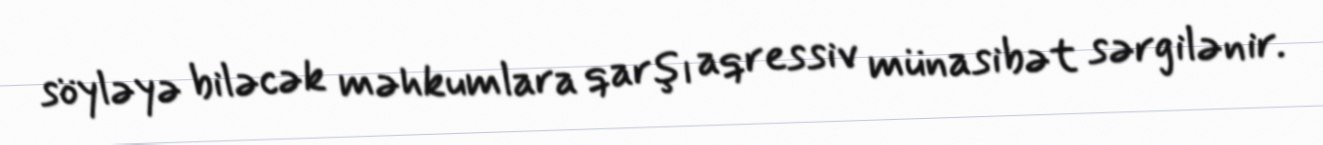
söyləyə biləcək məhkumlara qarşı aqressiv münasibət sərgilənir.